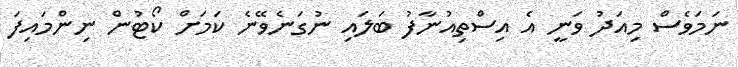
ނަމަވެސް މިއަދު ވަނީ އެ އިސްތިއުނާފު ބަލައި ނުގަނެވޭނެ ކަމަށް ކޯޓުން ނިންމައިފަ